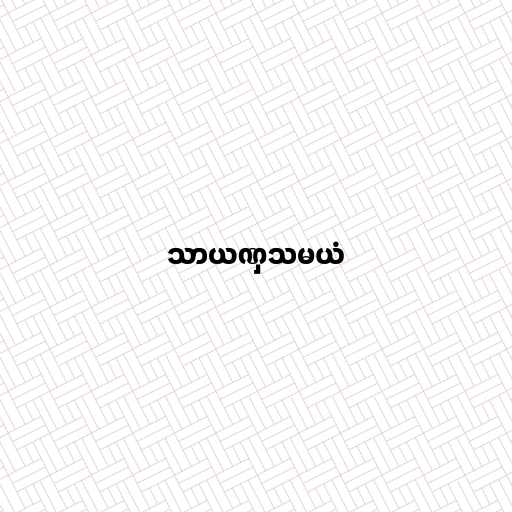
သာယဏှသမယံ